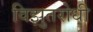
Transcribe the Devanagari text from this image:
विझुतरोधी